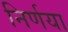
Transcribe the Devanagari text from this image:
निर्णया